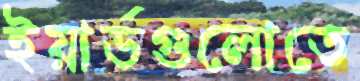
ইয়ার্ডগুলোতে